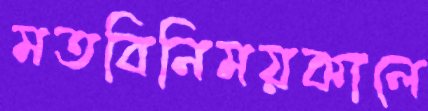
মতবিনিময়কালে